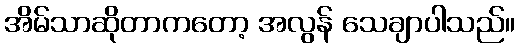
အိမ်သာဆိုတာကတော့ အလွန် သေချာပါသည်။